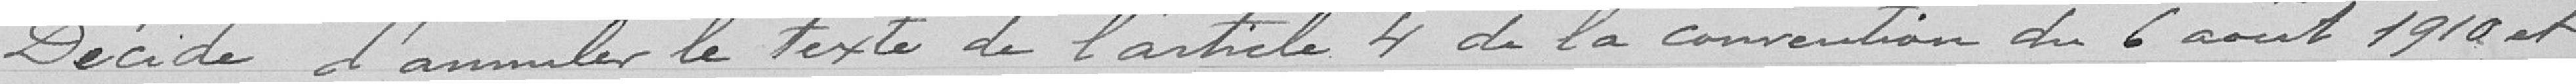
Décide d'annuler le texte de l'article 4 de la convention du 6 août 1910 et